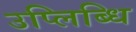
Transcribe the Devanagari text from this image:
उप्लिब्धि